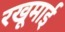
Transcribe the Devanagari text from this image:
रखूमाई